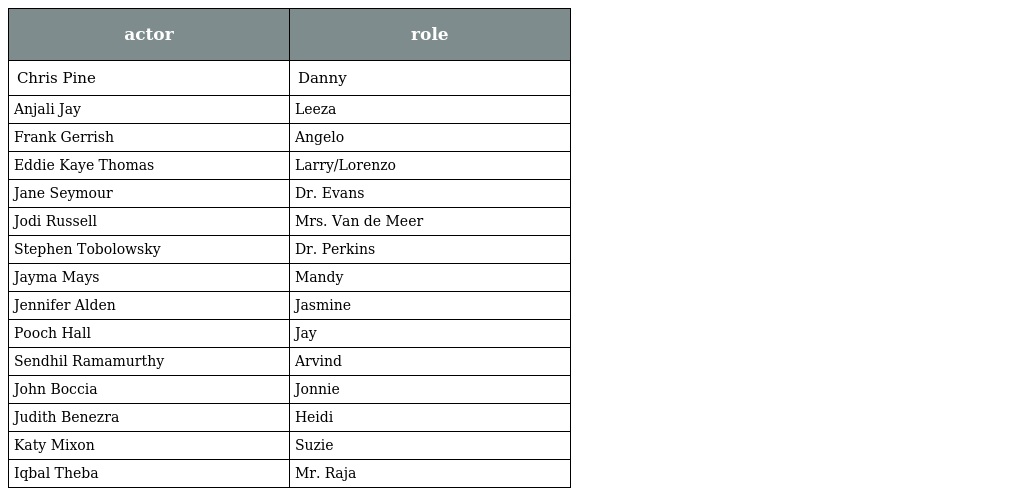
| actor | role |
 | --- | --- |
 | Chris Pine | Danny |
 | Anjali Jay | Leeza |
 | Frank Gerrish | Angelo |
 | Eddie Kaye Thomas | Larry/Lorenzo |
 | Jane Seymour | Dr. Evans |
 | Jodi Russell | Mrs. Van de Meer |
 | Stephen Tobolowsky | Dr. Perkins |
 | Jayma Mays | Mandy |
 | Jennifer Alden | Jasmine |
 | Pooch Hall | Jay |
 | Sendhil Ramamurthy | Arvind |
 | John Boccia | Jonnie |
 | Judith Benezra | Heidi |
 | Katy Mixon | Suzie |
 | Iqbal Theba | Mr. Raja |